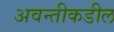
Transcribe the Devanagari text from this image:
अवन्तीकडील